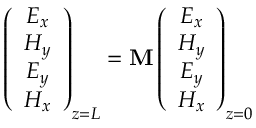
\left( \begin{array} { c } { E _ { x } } \\ { H _ { y } } \\ { E _ { y } } \\ { H _ { x } } \end{array} \right) _ { z = L } = \mathbf M \left( \begin{array} { c } { E _ { x } } \\ { H _ { y } } \\ { E _ { y } } \\ { H _ { x } } \end{array} \right) _ { z = 0 }